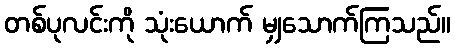
တစ်ပုလင်းကို သုံးယောက် မျှသောက်ကြသည်။